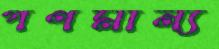
গণমান্য